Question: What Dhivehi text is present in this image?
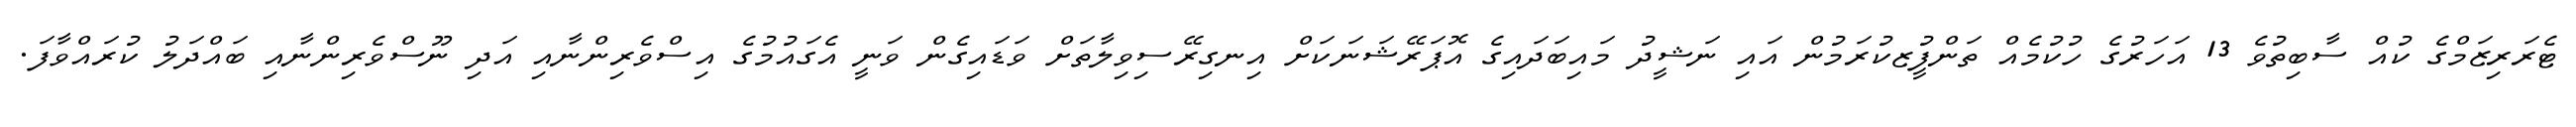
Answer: ޓެރަރިޒަމްގެ ކުއް ސާބިތުވެ 13 އަހަރުގެ ހުކުމެއް ތަންފީުޒކުރަމުން އައި ނަޝީދު މައިބަދައިގެ އޮޕަރޭޝަނަކަށް އިނގިރޭސިވިލާތަށް ވަޑައިގެން ވަނީ އެގައުމުގެ އިސްވެރިންނާއި އަދި ނޫސްވެރިންނާއި ބައްދަލު ކުރައްވާފަ.